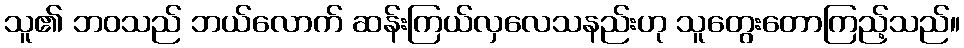
သူ၏ ဘဝသည် ဘယ်လောက် ဆန်းကြယ်လှလေသနည်းဟု သူတွေးတောကြည့်သည်။